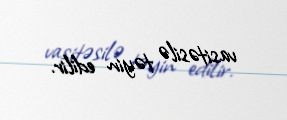
vasitəsilə təyin edilir.